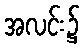
အလင်း၌